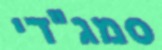
סמג"די